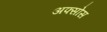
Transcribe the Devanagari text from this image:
अफ्सोस